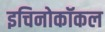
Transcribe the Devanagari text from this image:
इचिनोकॉकल